Civil Veterinary Department Bihar & Orissa reports 1911-21 - 1911-1921
Year: 1911
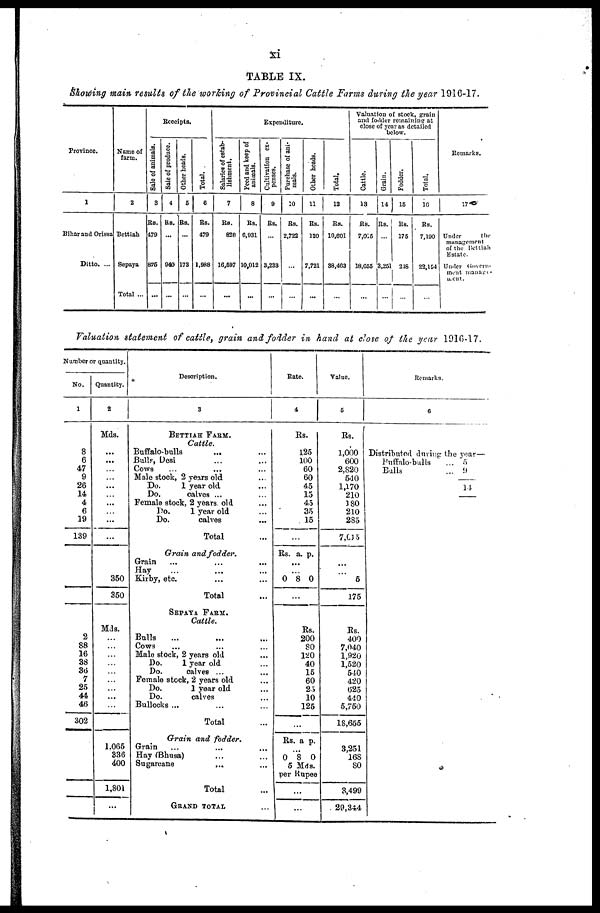
TABLE IX.
Showing main results of the working of Provincial Cattle Farms during the year 1910-17.
Province.
1
Bihar and Orissa
Ditto. ...
Name of
farm.
2
Bettiah
Sepaya
Total ...
Receipts.
Sale of animals.
8
Rs.
479
876
...
Sale
of produce.
4
Rs.
940
...
Other heads.
6
Rs.
173
...
Total.
6
Rs.
479
1,988
...
Expenditure.
Salaries of estab-
lishment.
7
Rs.
828
16,697
...
Feed and keep of
animals.
8
Rs.
6,931
10,012
...
Cultivation ex-
penses.
9
Rs.
3,233
...
Purchase of ani-
mals.
10
Rs.
2,722
...
...
Other heads.
11
Rs.
120
7,721
...
Total,
12
Rs.
10,601
38,463
...
Valuation of stock, grain
and fodder remaining at
close of year as detailed
below.
Cattle.
13
Rs.
7,0 3
18,655
...
Grain.
14
Rs.
3,25
...
Fodder.
15
Rs.
175
218
...
Total.
16
Rs.
7,190
22,164
...
Remarks.
17
Under
the
management
of the Bettiah
Estate.
Under Govern-
ment manager
ment.
Valuation statement of cattle, grain and fodder in hand at close of the year 1916-17.
Number or quantity.
No.
1
8
6
47
9
26
14
4
6
19
139
2
88
16
38
36
7
25
44
46
302
-
Quantity.
2
Mds.
...
...
...
...
...
...
...
...
...
...
350
350
Mds.
...
...
...
...
...
...
...
...
...
1,065
836
400
1,801
...
Description.
3
BETTIAE FARM.
Cattle.
Buffalo-balls
...
Bulls, Desi ... ...
Cows
Mole stock, 2 years old ...
Do.
1 year old
Do.
calves ... ...
Female stock, 2 years old ...
Do.
1 year old ...
Do.
calves ...
Total ...
Grain and fodder.
Grain
Hay
Kirby, etc. ... ...
Total ...
SEPAYA FARM.
Cattle.
Bulls
... ... ...
Cows ... ... ...
Male stock, 2 years old ...
Do.
1 year old
Do.
calves ... ...
Female stock, 2 years old ...
Do.
1 year old ...
Do.
calves ...
Bullocks ...
Total ...
Grain and fodder.
Grain ... ... ...
Hay (Bhusa) ... ...
Sugarcane ... ...
Total...
GRAND TOTAL ...
Rate.
4
Rs.
125
100
60
60
45
15
45
35
15
...
Rs. a. p.
...
0 8 0
Rs.
200
80
120
40
15
60
25
10
125
...
Rs. a p.
0 8 0
5 Mds.
per Rupee
...
...
Value.
1
5
Rs.
1,000
600
2,820
5.10
1,170
210
180
210
285
7,615
...
6
175
Rs.
400
7,040
1,920
1,520
540
420
625
440
5,750
1S,655
3,251
16S
80
3,499
29,344
Remarks.
0
Distributed during the year—
Buffalo-bulls
... 5
Bulls
... 9
14